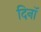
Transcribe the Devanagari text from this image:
दिनॉ